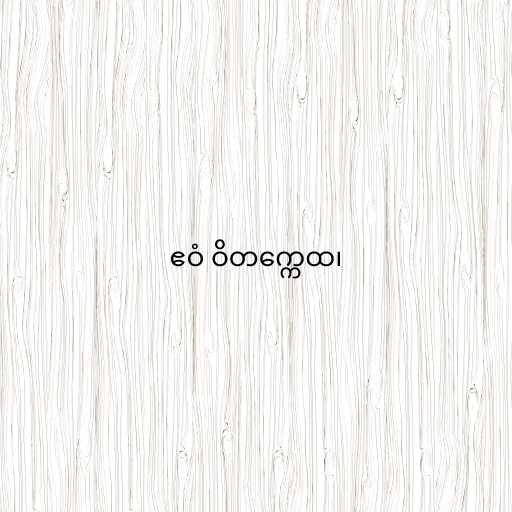
ဧဝံ ဝိတက္ကေထ၊